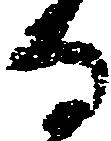
る